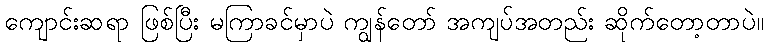
ကျောင်းဆရာ ဖြစ်ပြီး မကြာခင်မှာပဲ ကျွန်တော် အကျပ်အတည်း ဆိုက်တော့တာပဲ။